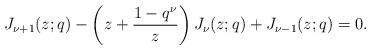
LaTeX: \begin{align*}J_{\nu+1}(z;q)-\left(z+\frac{1-q^{\nu}}{z}\right)J_{\nu}(z;q)+J_{\nu-1}(z;q)=0.\end{align*}